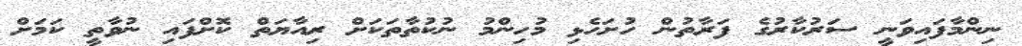
ނިންމާފައިވަނީ ސަރުކާރުގެ ފަރާތުން ހުށަހެޅި މުހިންމު ނުކުތާތަކަށް ރިއާޔަތް ކޮށްފައި ނުވާތީ ކަމަށް